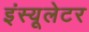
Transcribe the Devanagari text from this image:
इंस्यूलेटर